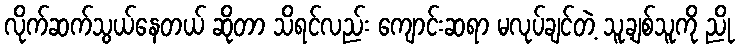
လိုက်ဆက်သွယ်နေတယ် ဆိုတာ သိရင်လည်း ကျောင်းဆရာ မလုပ်ချင်တဲ့ သူ့ချစ်သူကို ညို